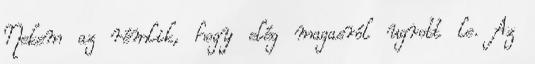
Nekem az rémlik, hogy elég magasról ugrott le. Az